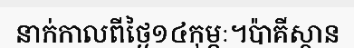
នាក់កាលពីថ្ងៃ១៤កុម្ភៈ។ប៉ាគីស្ថាន